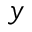
y